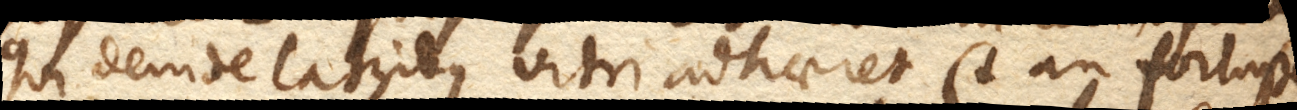
qui deinde lateribus vitri adhaeret (+ an fortasse